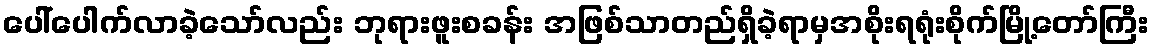
ပေါ်ပေါက်လာခဲ့သော်လည်း ဘုရားဖူးစခန်း အဖြစ်သာတည်ရှိခဲ့ရာမှအစိုးရရုံးစိုက်မြို့တော်ကြီး